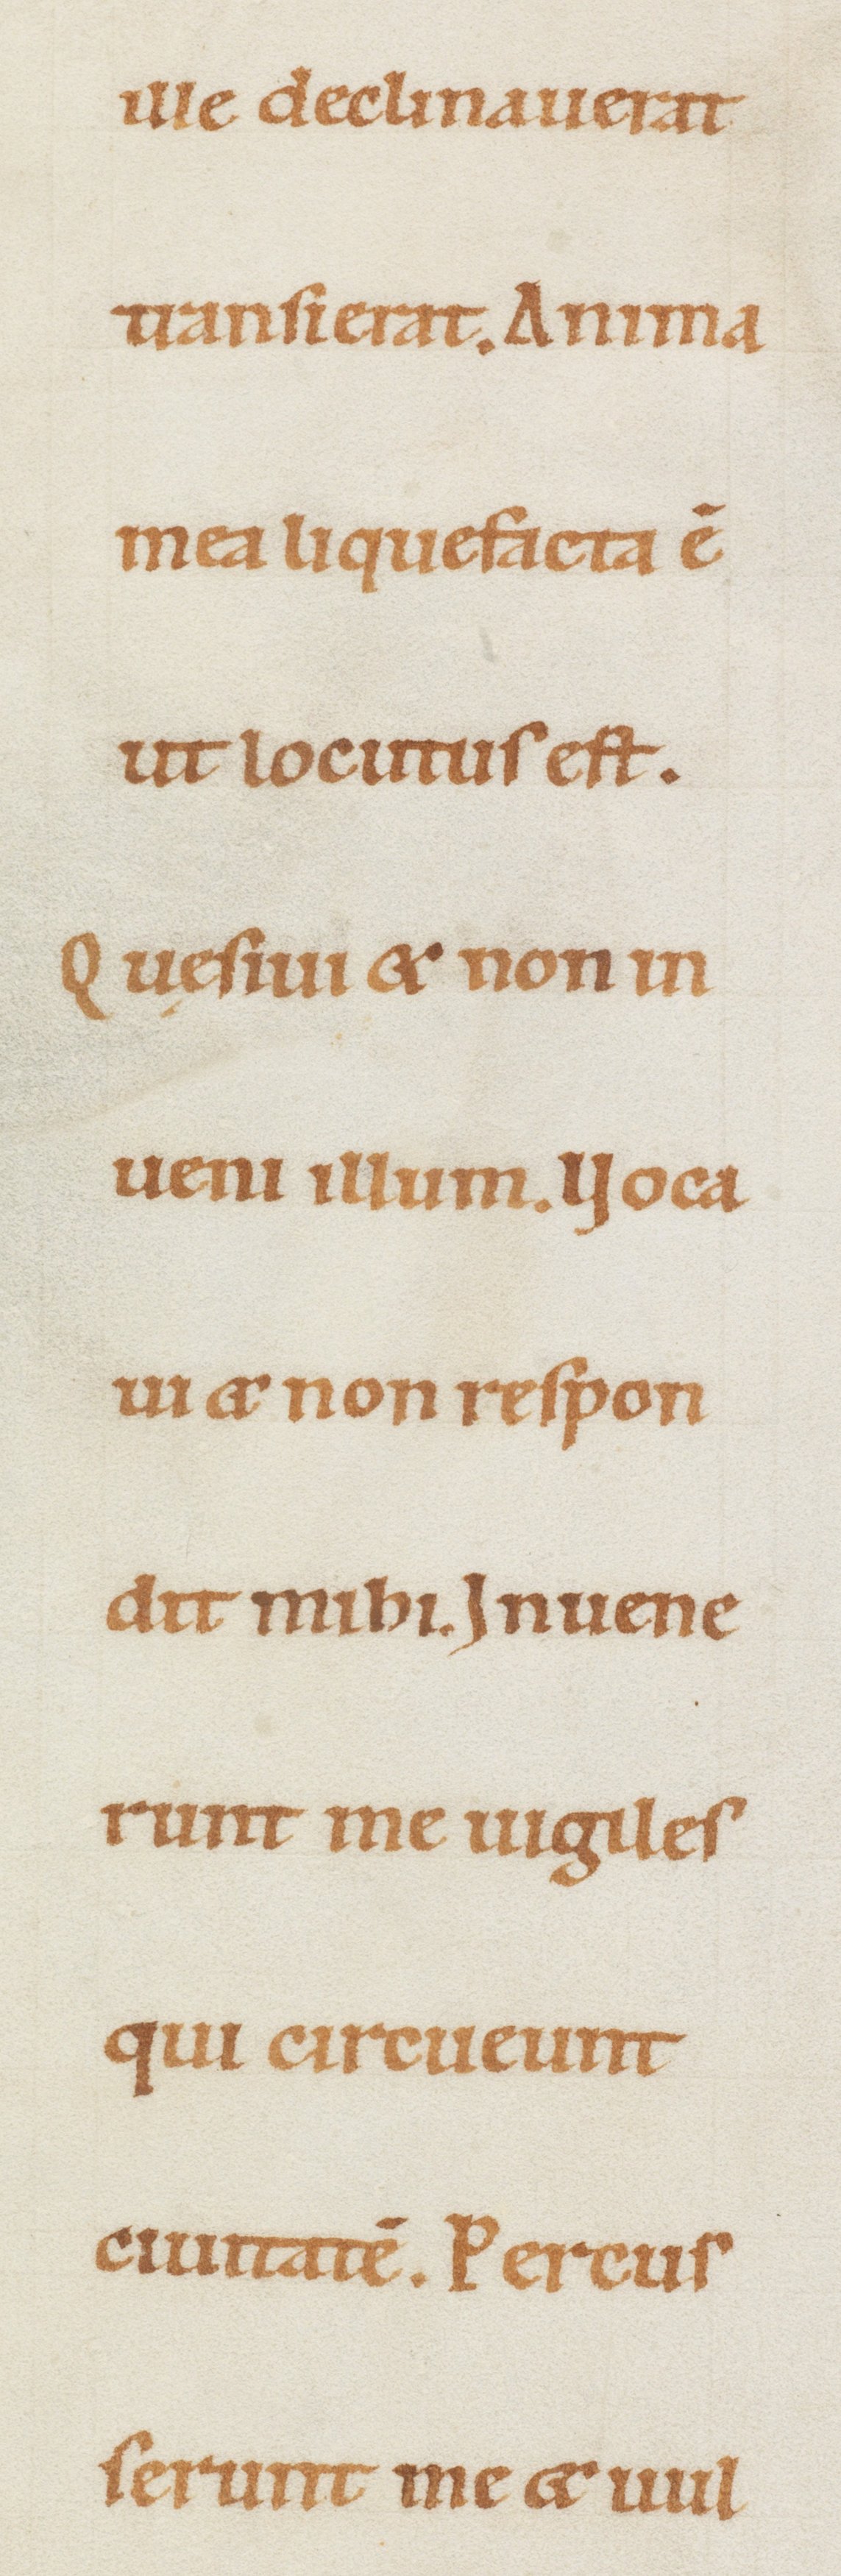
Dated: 1100–1199